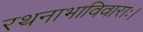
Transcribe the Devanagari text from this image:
रथनाभाविवाराः।